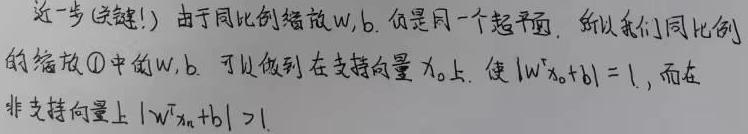
进一步(关键!) 由于同比例缩放$w$, $b$ 仍是同一个超平面, 所以我们同比例的缩放$\textcircled{1}$中的$w$, $b$. 可以做到在支持向量$x_0$上, 使$|w^Tx_0 + b| = 1$, 而在非支持向量上$|w^Tx_{n}+b|>1$.